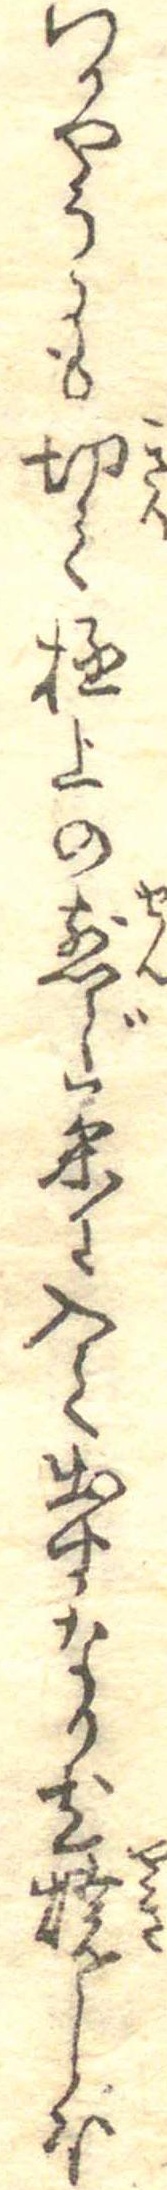
いかやうにも切て極上の煎じ茶に入て出すなり尤焼しほ